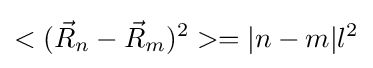
<({\vec {R}}_{n}-{\vec {R}}_{m})^{2}>=|n-m|l^{2}